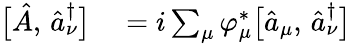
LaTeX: \begin{array}{rl}{\bigl[\hat{A},\, \hat{a}_{\nu}^{\dagger}\bigr]}&{{}=i\sum_{\mu}\varphi_{\mu}^{*}\bigl[\hat{a}_{\mu},\, \hat{a}_{\nu}^{\dagger}\bigr]}\end{array}